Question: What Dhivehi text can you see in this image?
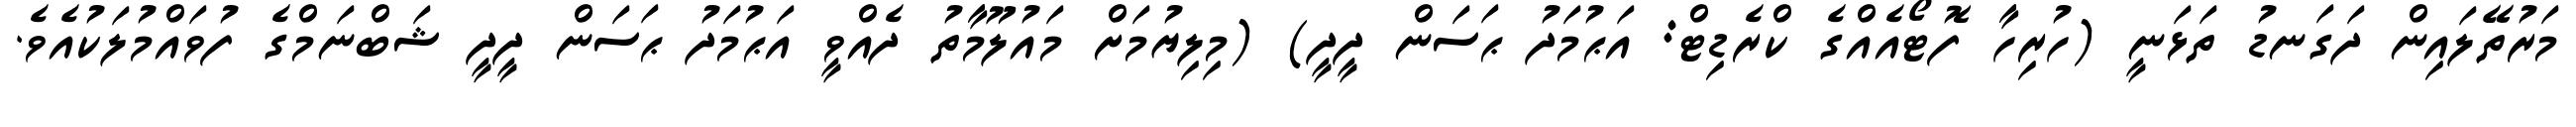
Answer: މަރުތޭލައިން ދަގަނޑު ތަޅަނީ (ހުރިހާ ފޮޓޯއެއްގެ ކްރެޑިޓް: އަޙުމަދު ޙަސަން ދީދީ) (މިލިޔުމަށް މައުލޫމާތު ދެއްވީ އަޙުމަދު ޙަސަން ދީދީ ޝަބްނަމްގެ ފުވައްމުލަކުއެވެ.